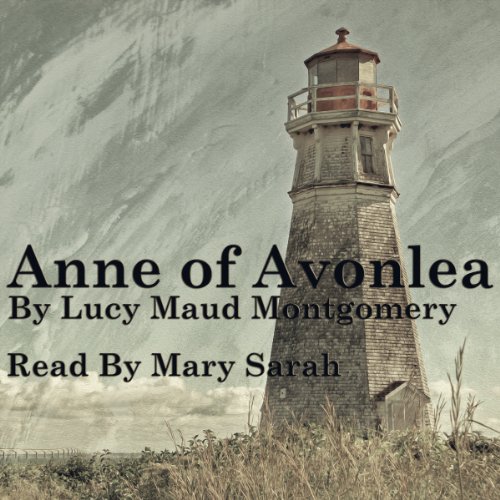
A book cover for Anne of Avonlea: Anne of Green Gables Part 2; Lucy Maud Montgomery; Literature & Fiction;